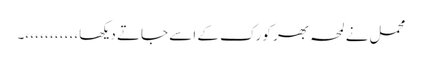
محمل نے لمحہ بھر کو رک کے اسے جاتے دیکھا،، ،، ،، ،، ،، ،۔